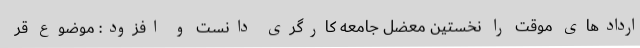
اردادهای موقت را نخستین معضل جامعه کارگری دانست و افزود: موضوع قر